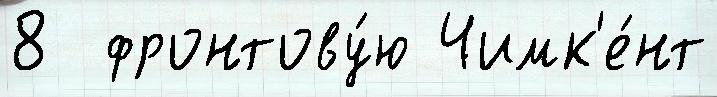
8  фронтову́ю Чимк'е́нт